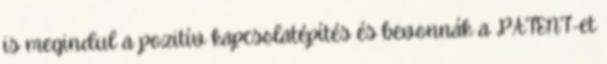
is megindul a pozitív kapcsolatépítés és bevonnák a PATENT-et